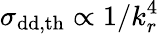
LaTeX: \sigma_{\mathrm{{dd,th}}}\propto 1/k_{r}^{4}